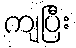
ကျပြီး